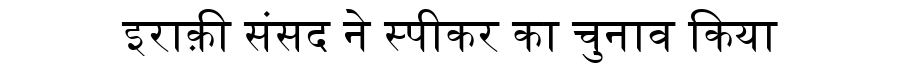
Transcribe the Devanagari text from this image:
इराक़ी संसद ने स्पीकर का चुनाव किया